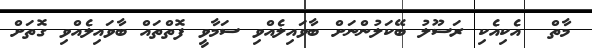
މާތް  އެކިއެކި ރަސޫލު ބޭކަލުންނަށް ބާވައިލެއްވި ސަމާވީ ފޮތްތައް ބާވައިލެއްވި ގޮތަށް